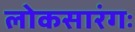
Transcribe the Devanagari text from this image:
लोकसारंगः